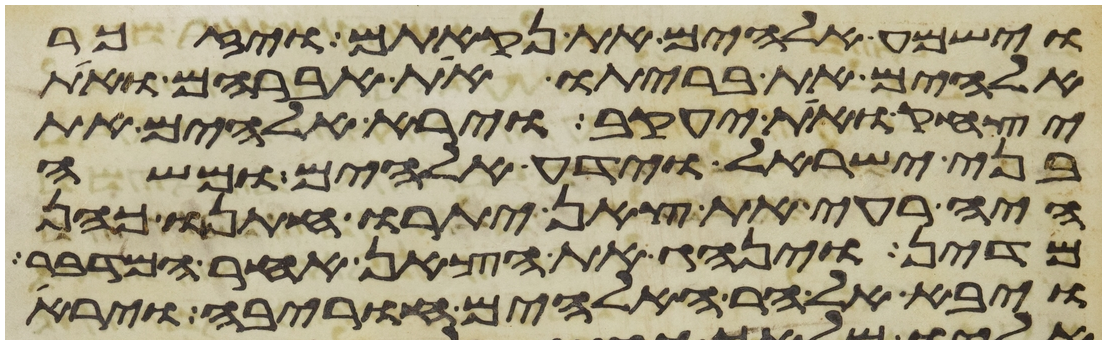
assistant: וישמע אלהים את נקאתם ויזכר
אלהים את בריתו את אברהם ואת
יצחק ואת יעקב וירא אלהים את
בני ישראל וידע אלהים ומשה
היה רעה את צאן יתרו חתנו כהן
מדין וינהג את הצאן אחר המדבר
ויבא אל הר האלהים חורבה וירא